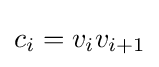
c_{i}=v_{i}v_{i+1}